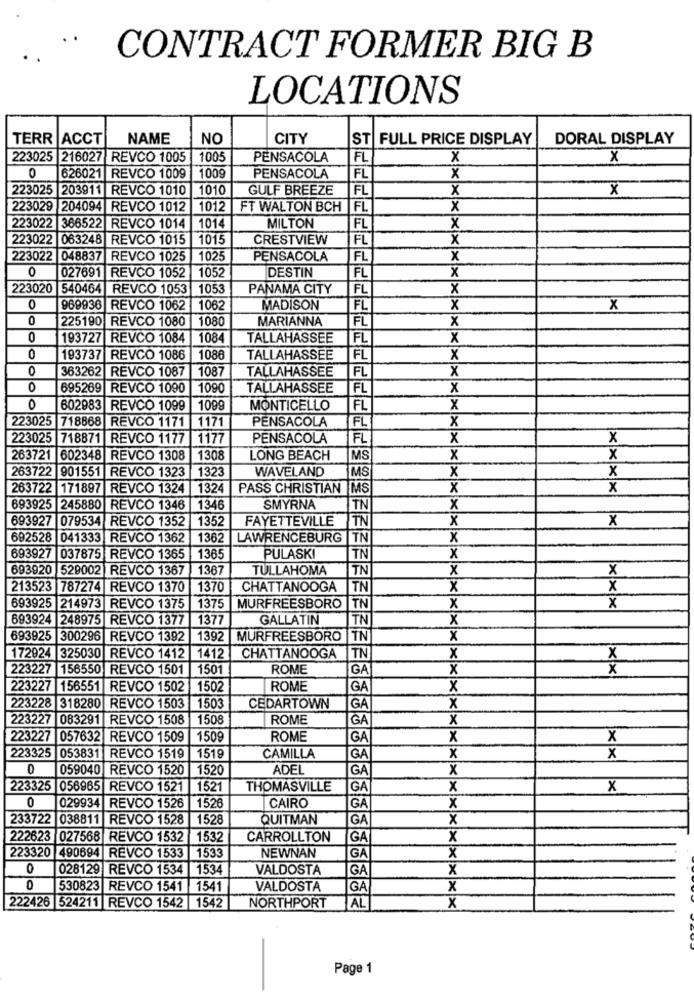
CONTRACT FORMER BIG B
LOCATIONS
TERR ACCT
NAME
NO
CITY
ST FULL PRICE DISPLAY
DORAL DISPLAY
223025 216027 REVCO 1005
1005
PENSACOLA
FL
x
X
0
626021 REVCO 1009
1009
PENSACOLA
FL
x
223025 203911 REVCO 1010 1010
GULF BREEZE
FL
X
X
223029 204094 REVCO 1012 1012
FT WALTON BCH |FL
x
223022 366522 REVCO 1014
1014
MILTON
FL
x
223022 063248 REVCO 1015
1015
CRESTVIEW
FL
X
223022
048837 |REVCO 1025
1025
PENSACOLA
FL
X
0
027691 REVCO 1052
1052
X
DESTIN
FL
223020 540464 REVCO 1053
1053
PANAMA CITY
FL
x
0
969936 REVCO 1062
1062
MADISON
FL
x
X
0
225190 REVCO 1080
1080
MARIANNA
FL
x
0
193727 REVCO 1084
1084
TALLAHASSEE
FL
X
0
193737 REVCO 1086
1086
TALLAHASSEE
FL
X
0
363262 REVCO 1087
1087
TALLAHASSEE
FL
x
0
695269
REVCO 1090
1090
TALLAHASSEE
FL
x
0
602983 REVCO 1099
1099
MONTICELLO
FL
x
223025
718868 REVCO 1171
1171
PENSACOLA
FL
x
223025 718871 REVCO 1177
1177
PENSACOLA
FL
x
x
263721
602348 REVCO 1308
1308
LONG BEACH
MS
x
X
263722 901551 REVCO 1323
1323
WAVELAND
MS
x
x
263722 |171897 REVCO 1324
1324
PASS CHRISTIAN |MS
X
x
693925 245880 REVCO 1346
1346
SMYRNA
TN
x
693927 079534 REVCO 1352
1352
FAYETTEVILLE
TN
x
x
692528 041333 REVCO 1362
1362
LAWRENCEBURG
TN
X
693927 037875 REVCO 1365
1365
PULASKI
TN
X
693920 529002 REVCO 1367 1367
TULLAHOMA
TN
X
x
213523 787274 REVCO 1370 1370
CHATTANOOGA
TN
X
X
x
693925 214973 REVCO 1375
1375
MURFREESBORO
TN
x
693924 248975 REVCO 1377
1377
GALLATIN
TN
X
693925
300296 REVCO 1392
1392 MURFREESBORO TN
x
x
172924 325030
REVCO 1412
1412
CHATTANOOGA
TN
X
223227 |156550 REVCO 1501
1501
ROME
GA
x
x
223227 156551 REVCO 1502
1502
ROME
GA
x
223228 318280 REVCO 1503
150
CEDARTOWN
GA
x
223227 083291 REVCO 1508
150
ROME
GA
x
223227 057632 REVCO 1509
1509
ROME
GA
x
X
223325 053831
REVCO 1519
1519
CAMILLA
GA
x
x
0
059040 REVCO 1520 1520
ADEL
GA
x
223325 056965 REVCO 1521 1521
THOMASVILLE
GA
x
x
0
X
029934
REVCO 1526
1526
CAIRO
GA
233722 038811 REVCO 1528
1528
QUITMAN
GA
x
222623 027568 REVCO 1532
1532
CARROLLTON
GA
X
1533
NEWNAN
x
223320 490694 REVCO 1533
GA
0
028129 REVCO 1534 |1534
VALDOSTA
GA
x
0
530823 REVCO 1541 1541
VALDOSTA
GA
x
222426 524211 REVCO 1542 1542
NORTHPORT
AL
x
Page 1